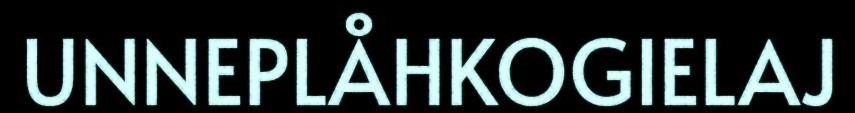
UNNEPLÅHKOGIELAJ